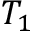
T _ { 1 }